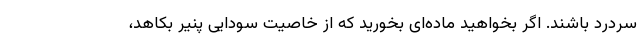
سردرد باشند. اگر بخواهید ماده‌ای بخورید که از خاصیت سودایی پنیر بکاهد،